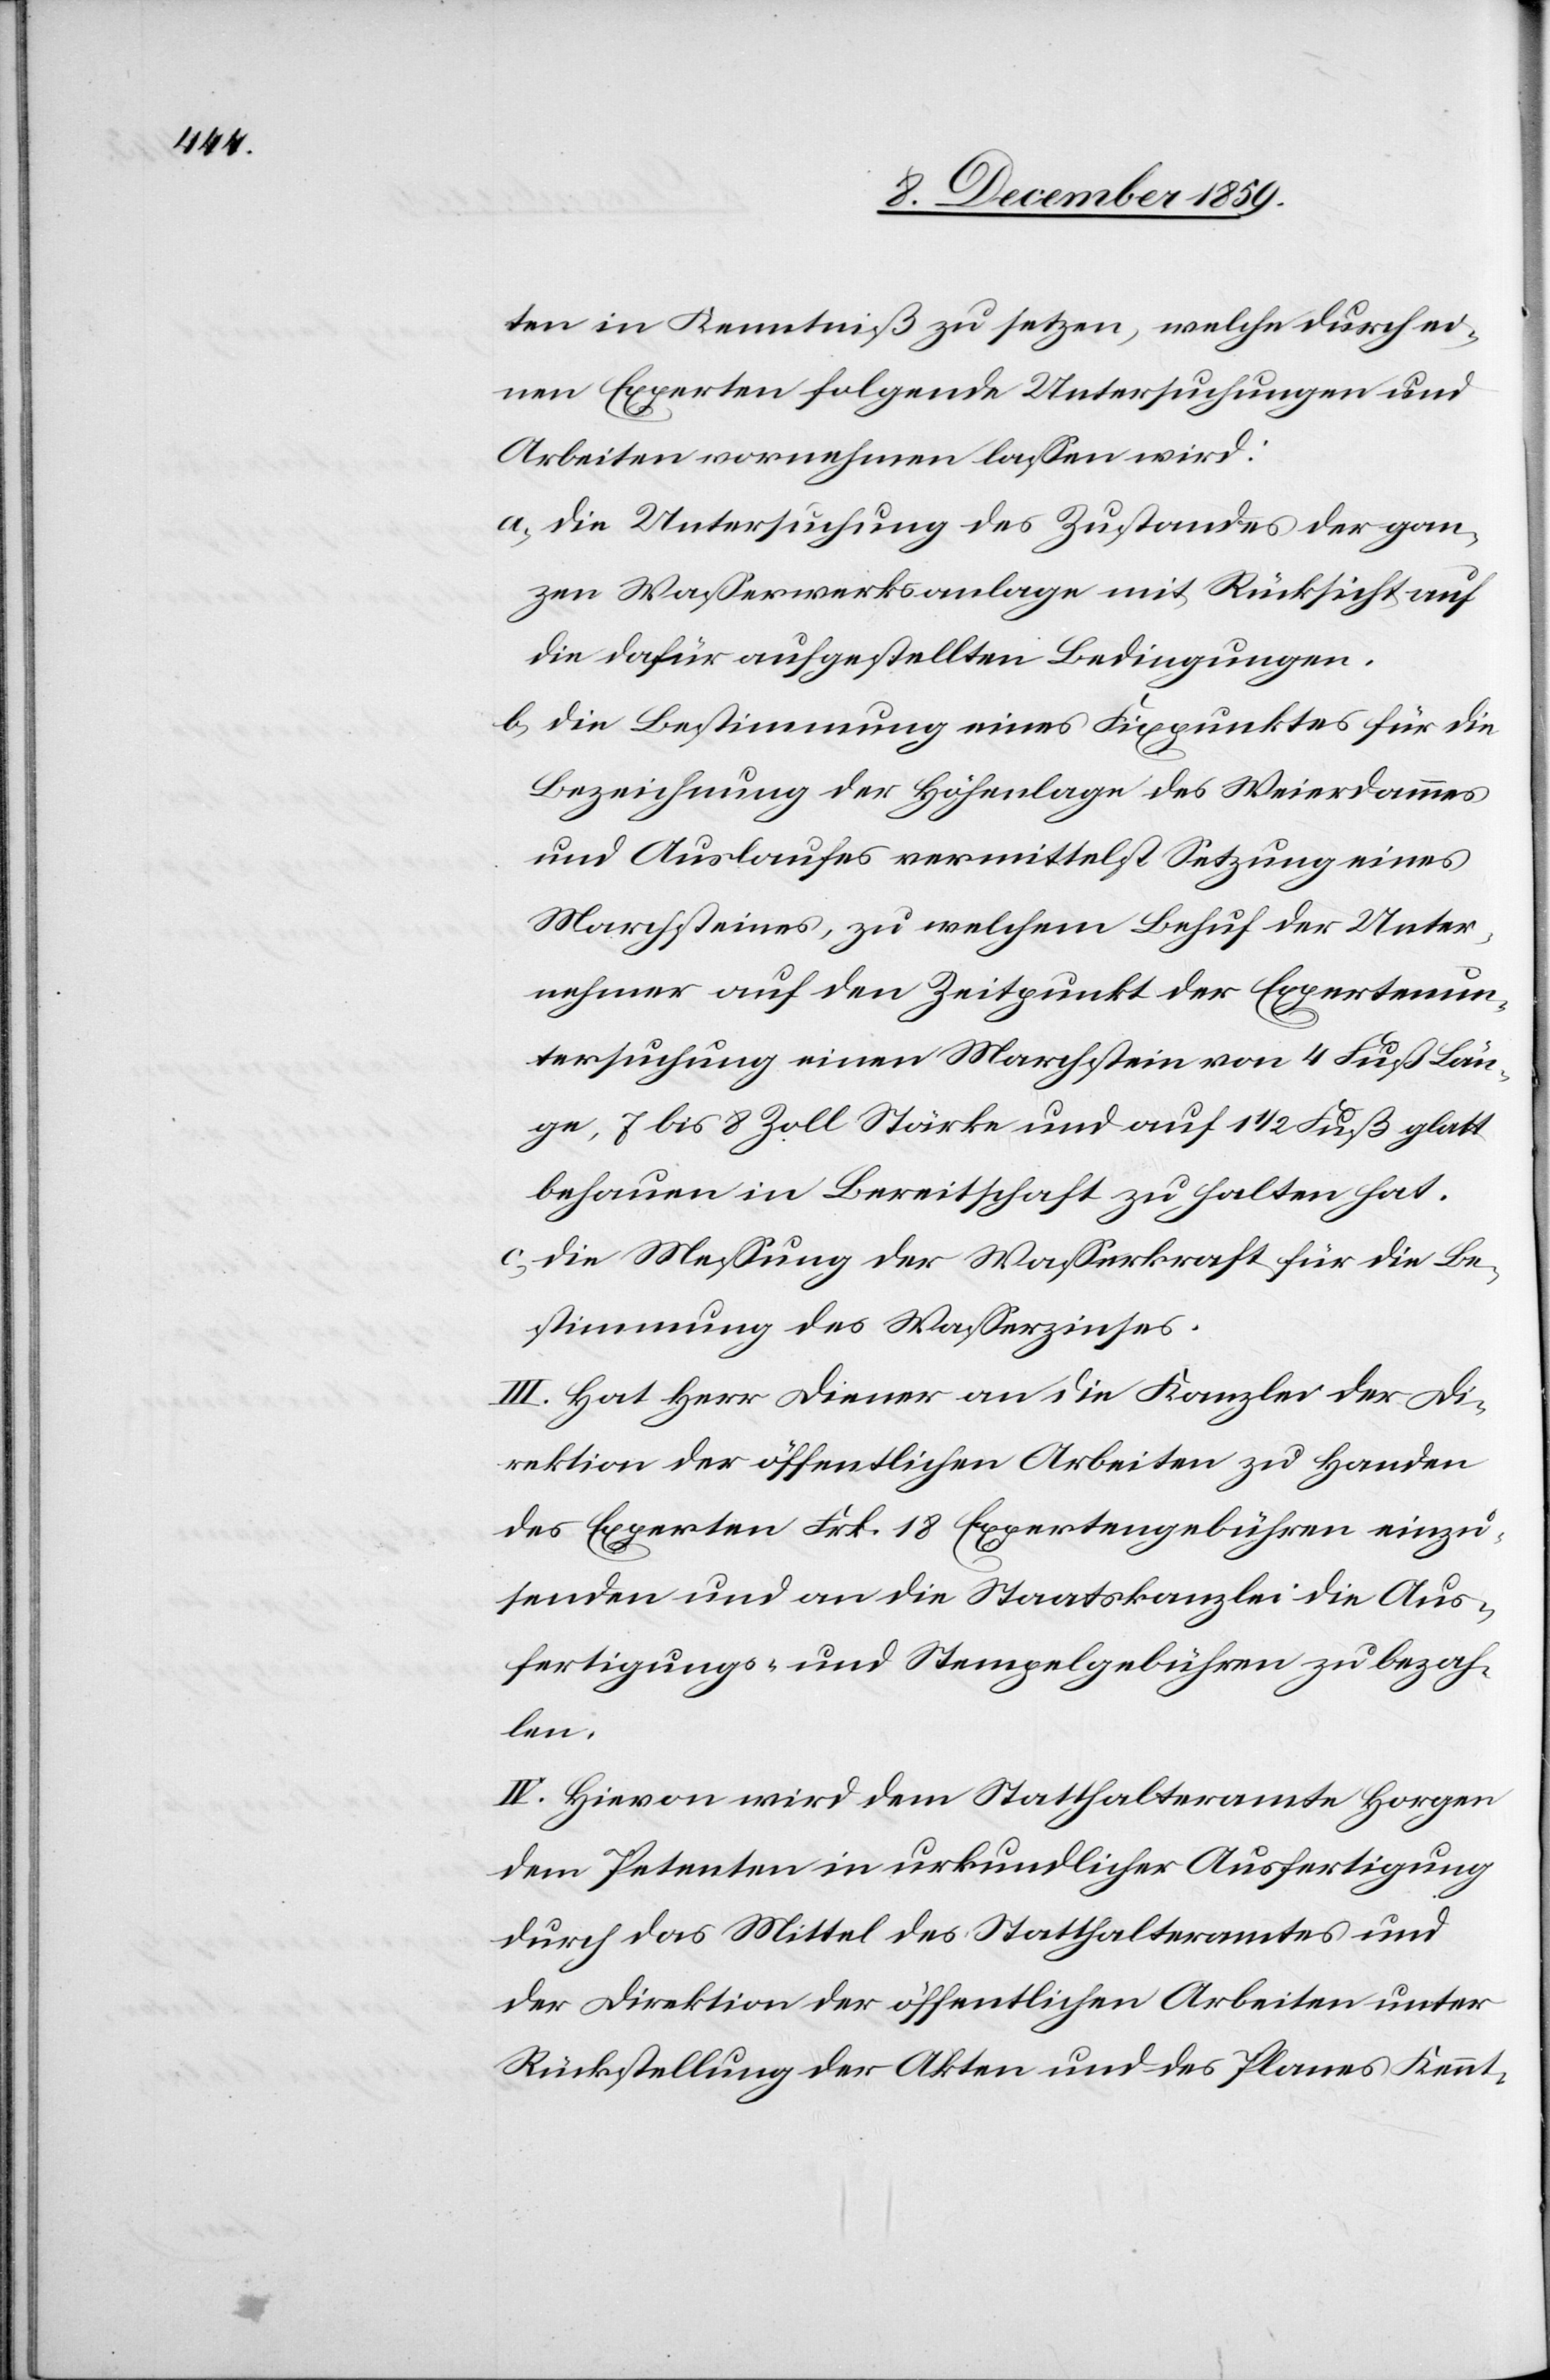
ten in Kenntniß zu setzen, welche durch ei¬
nen Experten folgende Untersuchungen und
Arbeiten vornehmen lassen wird:
a) die Untersuchung des Zustandes der gan¬
zen Wasserwerksanlage mit Rücksicht auf
die dafür aufgestellten Bedingungen.
b) die Bestimmung eines Fixpunktes für die
Bezeichnung der Höhenlage des Weierdammes
und Auslaufes vermittelst Setzung eines
Marchsteines, zu welchem Behuf der Unter¬
nehmer auf den Zeitpunkt der Expertenun¬
tersuchung einen Marchstein von 4 Fuß Län¬
ge, 7 bis 8 Zoll Stärke und auf 1 1/2 Fuß glatt
behauen in Bereitschaft zu halten hat.
c) die Messung der Wasserkraft für die Be¬
stimmung des Wasserzinses.
III. Hat Herr Diener an die Kanzlei der Di¬
rektion der öffentlichen Arbeiten zu Handen
des Experten Frk. 18 Expertengebühren einzu¬
senden und an die Staatskanzlei die Aus¬
fertigungs- und Stempelgebühren zu bezah¬
len.
IV. Hievon wird dem Statthalteramte Horgen[,]
dem Petenten in urkundlicher Ausfertigung
durch das Mittel des Statthalteramtes und
der Direktion der öffentlichen Arbeiten unter
Rückstellung der Akten und des Planes Kennt-